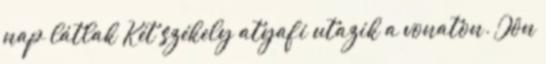
nap látlak Két székely atyafi utazik a vonaton. Jön